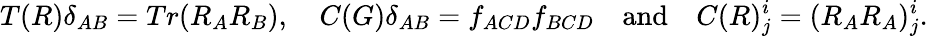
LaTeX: T(R)\delta_{AB}=Tr(R_{A}R_{B}),\quad C(G)\delta_{AB}=f_{ACD}f_{BCD}\quad\mathrm{and}\quad C(R)_{j}^{i}=(R_{A}R_{A})_{j}^{i}.